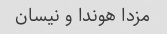
مزدا هوندا و نیسان